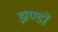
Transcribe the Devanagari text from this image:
झण्‍डों